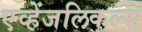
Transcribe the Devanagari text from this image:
एव्हेंजलिकल्स